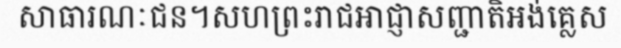
សាធារណៈជន។សហព្រះរាជអាជ្ញាសញ្ជាតិអង់គ្លេស